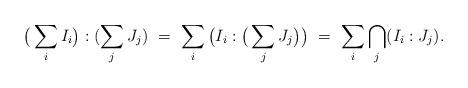
LaTeX: \begin{align*}\big(\sum_iI_i\big):(\sum_jJ_j)\ =\ \sum_i \big(I_i:\big(\sum_jJ_j\big)\big)\ =\ \sum_i\bigcap_j (I_i:J_j).\end{align*}